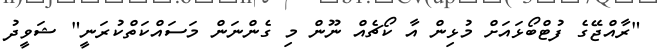
"ރާއްޖޭގެ ފުޓްބޯޅައަށް މުޅިން އާ ކޯޗެއް ނޫން މި ގެންނަން މަސައްކަތްކުރަނީ" ޝަވީދު